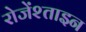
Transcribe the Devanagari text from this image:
रोजेंश्ताइन